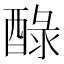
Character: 醁